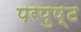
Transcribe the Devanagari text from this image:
परपुष्ट